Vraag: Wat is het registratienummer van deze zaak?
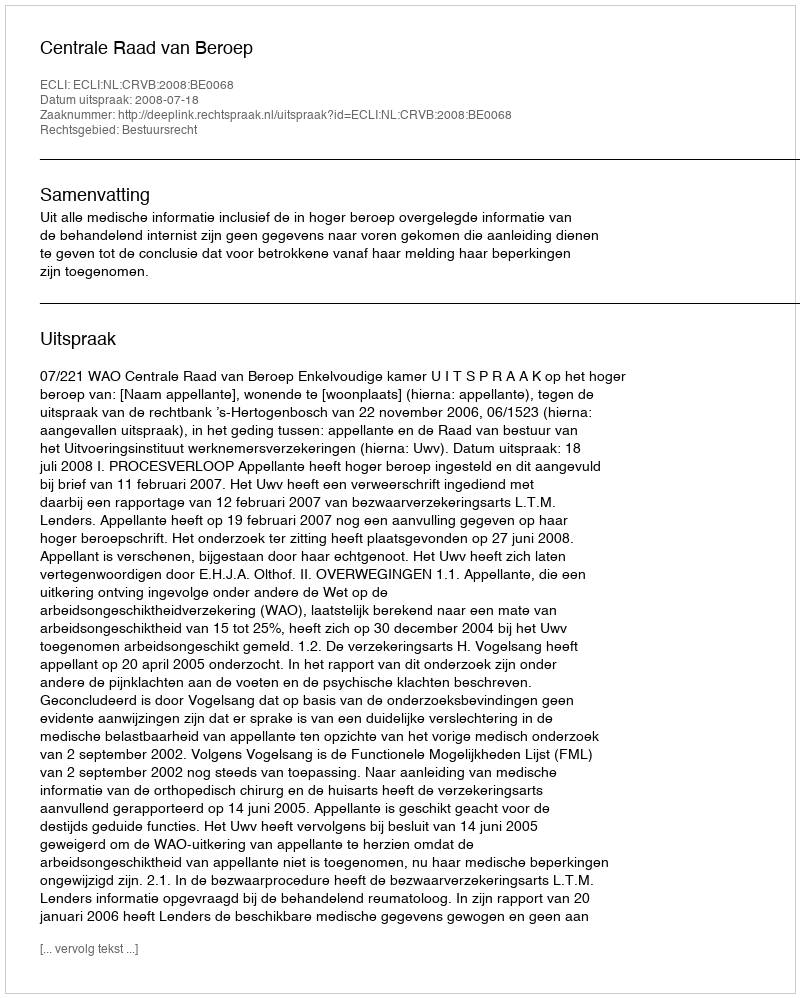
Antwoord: http://deeplink.rechtspraak.nl/uitspraak?id=ECLI:NL:CRVB:2008:BE0068